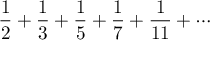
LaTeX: { \frac { 1 } { 2 } } + { \frac { 1 } { 3 } } + { \frac { 1 } { 5 } } + { \frac { 1 } { 7 } } + { \frac { 1 } { 1 1 } } + \cdots